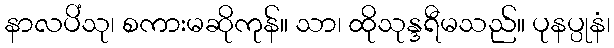
နာလပိံသု၊ စကားမဆိုကုန်။ သာ၊ ထိုသုန္ဒရီမသည်။ ပုနပ္ပုနံ၊